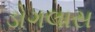
ડોગલાસ